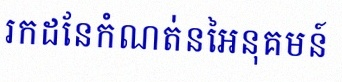
រកដែនកំណត់នៃអនុគមន៍